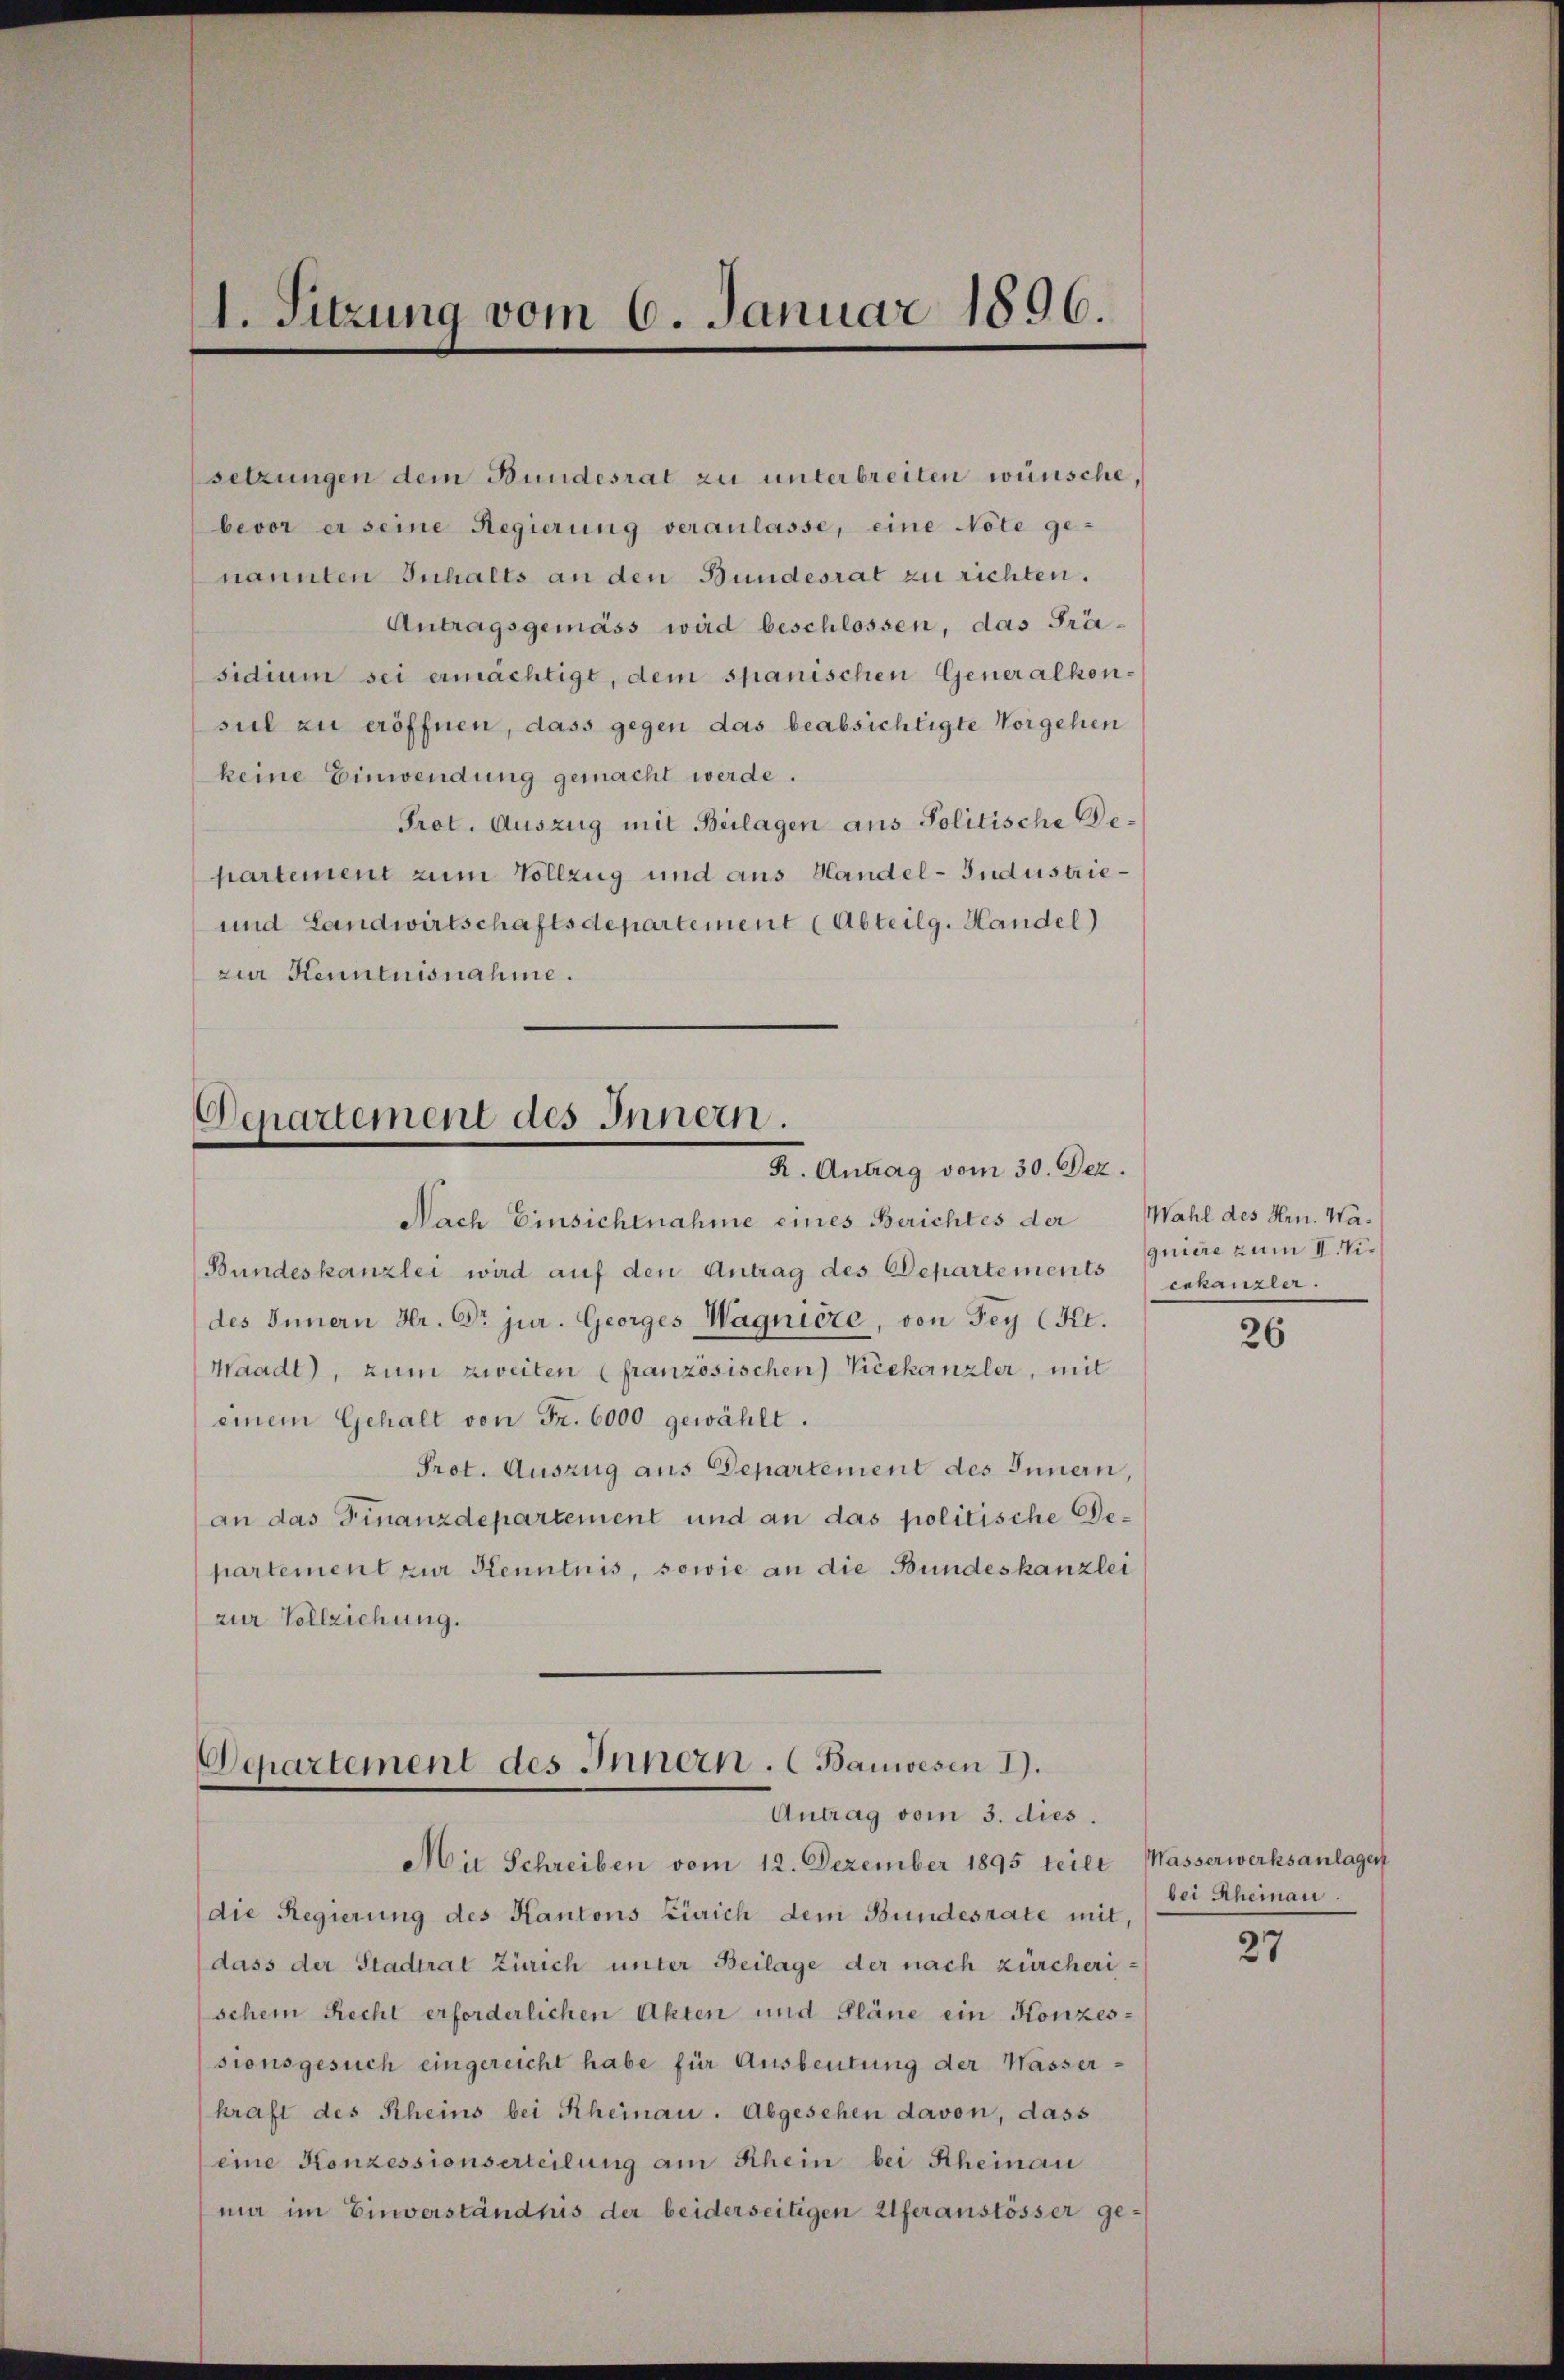
1. Sitzung vom 6. Januar 1896.

setzungen dem Bundesrat zu unterbreiten wünsche,
bevor er seine Regierung veranlasse, eine Note ge-
nannten Inhalts an den Bundesrat zu richten.
Antragsgemäss wird beschlossen, das Prä-
sidium sei ermächtigt, dem spanischen Generalkon-
sul zu eröffnen, dass gegen das beabsichtigte Vorgehen
keine Einwendung gemacht werde.
Prot. Auszug mit Beilagen aus Politische Departement zum Vollzug und aus Handel-Industrie¬
und Landwirtschaftsdepartement (Abteilg. Handel)
zur Kenntnisnahme.

Departement des Innern.
R. Antrag vom 30. Dez.

Nach Einsichtnahme eines Berichtes der Wahl des Hrn. Wa¬
Bundeskanzlei wird auf den Antrag des Departements
des Innern Hr. Dr jur. Georges Wagnière, von Fey (Kt.
Waadt), zum zweiten (französischen Vicekanzler, mit
einem Gehalt von Fr. 6000 gewählt.
Prot. Auszug aus Departement des Innern,
an das Finanzdepartement und an das politische Departement zur Kenntnis, sowie an die Bundeskanzlei
zur Vollziehung.

Departement des Innern. (Bauwesen I.
Antrag vom 3. dies.

Mit Schreiben vom 12. Dezember 1895 teilt Masserwerksanlagen
die Regierung des Kantons Zürich dem Bundesrate mit,
dass der Stadtrat Zürich unter Beilage der nach zürcheri
schein Recht erforderlichen Akten und Pläne ein Konzessionsgesuch eingereicht habe für Ausbeutung der Wasser-
kraft des Rheins bei Rheinau. Abgesehen davon, dass
eine Konzessionserteilung am Schem bei Rheinau
mi im Einverständnis der beiderseitigen Uferanstösser ge¬

quiere zum II. Vienkanzler.

26

bei Rheinau.

27